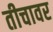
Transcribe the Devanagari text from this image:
तीचावर